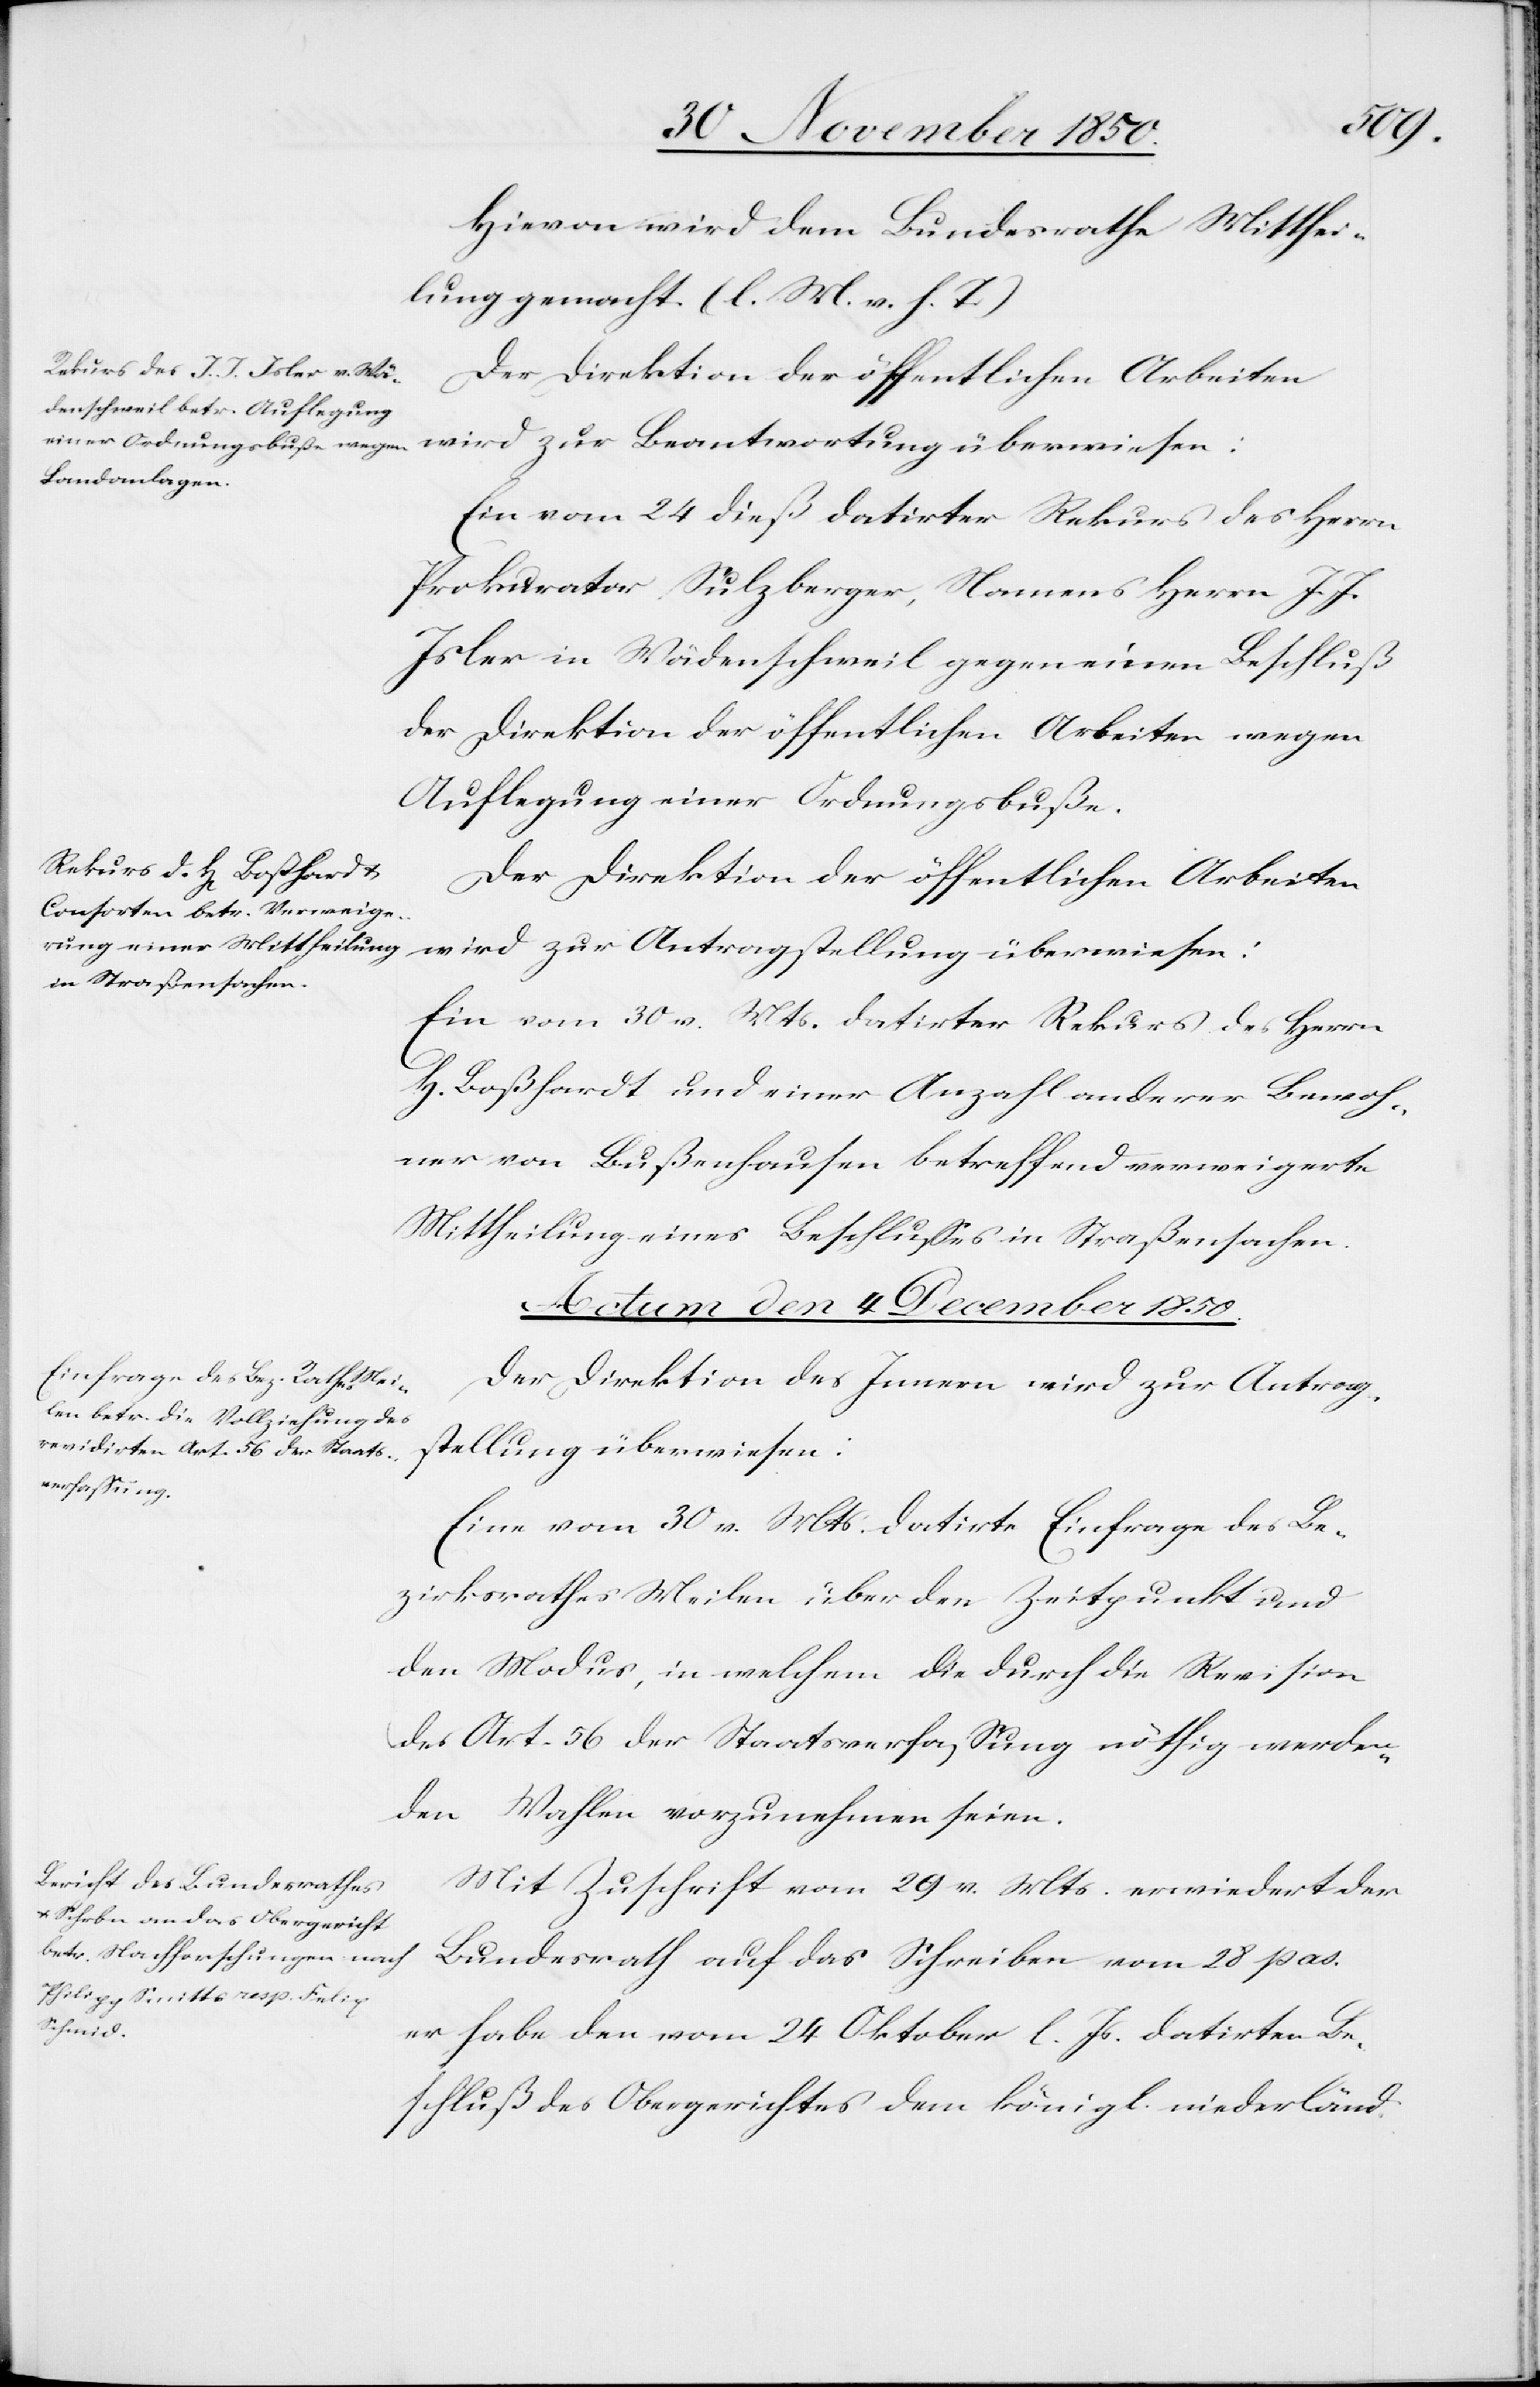
Hievon wird dem Bundesrathe Mitthei¬
lung gemacht. (l. M. v. h. T)
Der Direktion der öffentlichen Arbeiten
wird zur Beantwortung überwiesen:
Ein vom 24 dieß datirter Rekurs des Herrn
Prokurator Sulzberger, Namens Herrn J. J.
Isler in Wädenschweil gegen einen Beschluß
der Direktion der öffentlichen Arbeiten wegen
Auflegung einer Ordnungsbuße.
Der Direktion der öffentlichen Arbeiten
wird zur Antragstellung überwiesen:
Ein vom 30 v. Mts. datirter Rekurs des Herrn
H. Boßhardt und einer Anzahl anderer Bewoh¬
ner von Bußenhausen betreffend verweigerte
Mittheilung eines Beschlusses in Straßensachen.
Actum den 4 December 1850.]
Der Direktion des Innern wird zur Antrag¬
stellung überwiesen:
Eine vom 30 v. Mts. datirte Einfrage des Be¬
zirksrathes Meilen über den Zeitpunkt und
den Modus, in welchem die durch die Revision
des Art. 56 der Staatsverfassung nöthig werden¬
den Wahlen vorzunehmen seien.
Mit Zuschrift vom 29 v. Mts. erwiedert der
Bundesrath auf das Schreiben vom 28 pas.
er habe den vom 24 Oktober l. Js. datirten Be¬
schluß des Obergerichtes dem königl. niederländ.